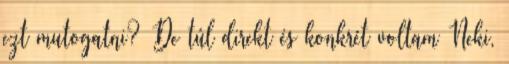
ezt mutogatni? De túl direkt és konkrét voltam Neki,